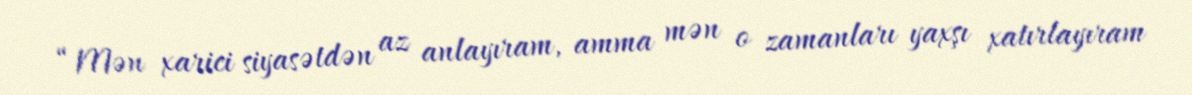
“Mən xarici siyasətdən az anlayıram, amma mən o zamanları yaxşı xatırlayıram